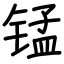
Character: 锰